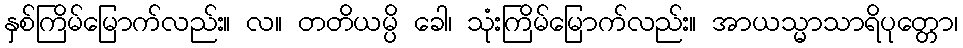
နှစ်ကြိမ်မြောက်လည်း။ လ။ တတိယမ္ပိ ခေါ၊ သုံးကြိမ်မြောက်လည်း။ အာယသ္မာသာရိပုတ္တော၊